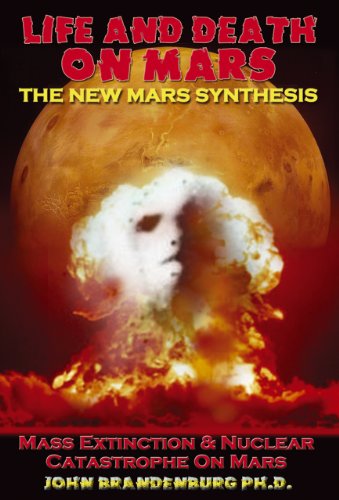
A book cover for Life and Death on Mars: The New Mars Synthesis; John Brandenburg  PhD; Science & Math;